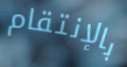
بالإنتقام